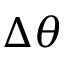
\Delta \theta